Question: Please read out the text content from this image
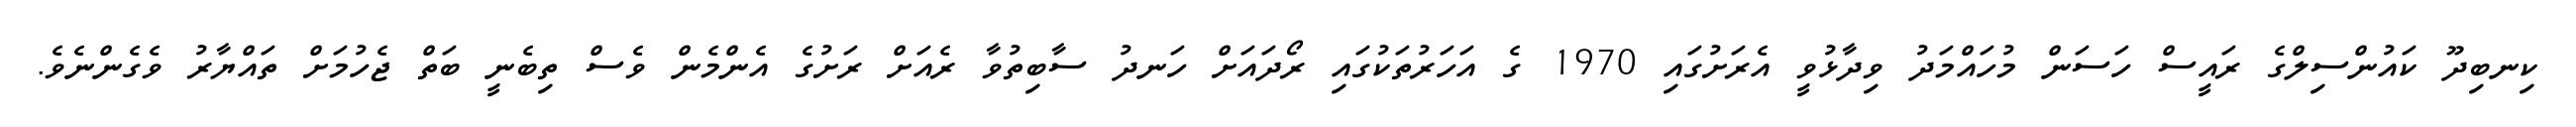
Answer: ކިނބިދޫ ކައުންސިލްގެ ރައީސް ހަސަން މުހައްމަދު ވިދާޅުވީ އެރަށުގައި 1970 ގެ އަހަރުތަކުގައި ރޯދައަށް ހަނދު ސާބިތުވާ ރެއަށް ރަށުގެ އެންމެން ވެސް ތިބެނީ ބަތް ޖެހުމަށް ތައްޔާރު ވެގެންނެވެ.